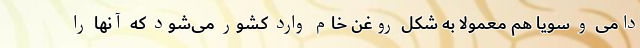
دامی و سویا هم معمولا به شکل روغن خام وارد کشور می‌شود که آنها را